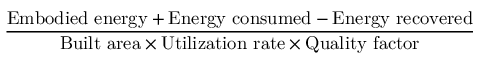
\frac { { \mathrm { E m b o d i e d ~ e n e r g y } } + { \mathrm { E n e r g y ~ c o n s u m e d } } - { \mathrm { E n e r g y ~ r e c o v e r e d } } } { { \mathrm { B u i l t ~ a r e a } } \times { \mathrm { U t i l i z a t i o n ~ r a t e } } \times { \mathrm { Q u a l i t y ~ f a c t o r } } }